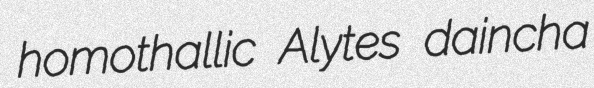
homothallic Alytes daincha